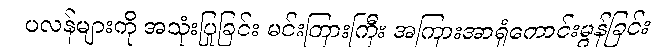
ပလန်များကို အသုံးပြုခြင်း မင်းတြားကြီး အကြားအာရုံကောင်းမွန်ခြင်း